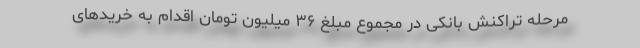
مرحله تراکنش بانکی در مجموع مبلغ ۳۶ میلیون تومان اقدام به خریدهای